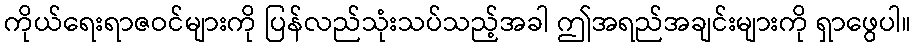
ကိုယ်ရေးရာဇဝင်များကို ပြန်လည်သုံးသပ်သည့်အခါ ဤအရည်အချင်းများကို ရှာဖွေပါ။